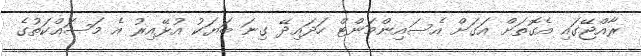
ރާއްޖޭގައި އެގޮތަށް އަގަށް އެސައިންމަންޓް ހަދައިދޭ ގިނަ ބަޔަކު އުޅޭއިރު އެ މަސައްކަތުގެ